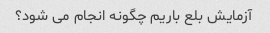
آزمایش بلع باریم چگونه انجام می شود؟